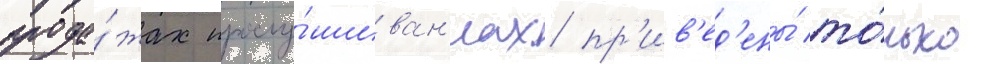
прода́жах прослу́шиван'иах пр'ив'ед'ены́ то́лько